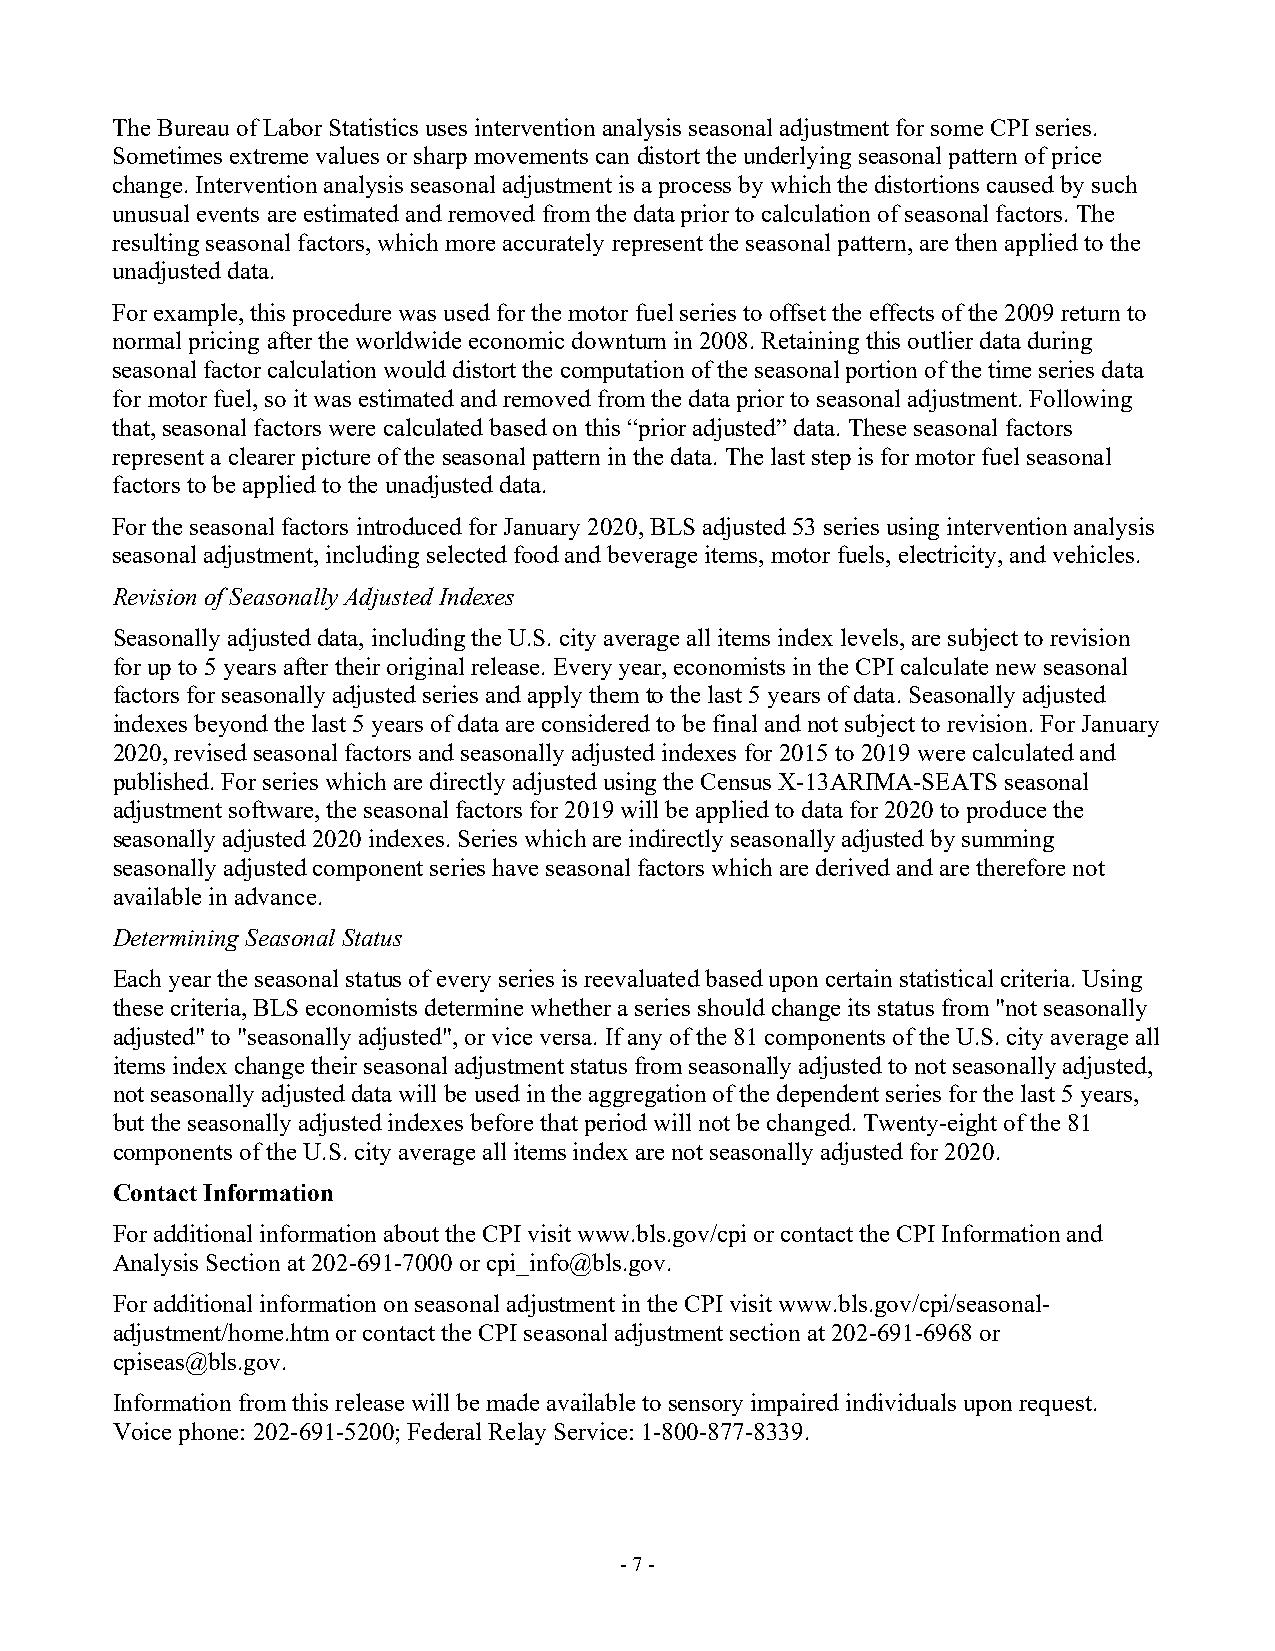
The Bureau of Labor Statistics uses intervention analysis seasonal adjustment for some CPI series.
 Sometimes extreme values or sharp movements can distort the underlying seasonal pattern of price
 change. Intervention analysis seasonal adjustment is a process by which the distortions caused by such
 unusual events are estimated and removed from the data prior to calculation of seasonal factors. The
 resulting seasonal factors, which more accurately represent the seasonal pattern, are then applied to the
 unadjusted data.
 For example, this procedure was used for the motor fuel series to offset the effects of the 2009 return to
 normal pricing after the worldwide economic downturn in 2008. Retaining this outlier data during
 seasonal factor calculation would distort the computation of the seasonal portion of the time series data
 for motor fuel, so it was estimated and removed from the data prior to seasonal adjustment. Following
 that, seasonal factors were calculated based on this “prior adjusted” data. These seasonal factors
 represent a clearer picture of the seasonal pattern in the data. The last step is for motor fuel seasonal
 factors to be applied to the unadjusted data.
 For the seasonal factors introduced for January 2020, BLS adjusted 53 series using intervention analysis
 seasonal adjustment, including selected food and beverage items, motor fuels, electricity, and vehicles.
 Revision of Seasonally Adjusted Indexes
 Seasonally adjusted data, including the U.S. city average all items index levels, are subject to revision
 for up to 5 years after their original release. Every year, economists in the CPI calculate new seasonal
 factors for seasonally adjusted series and apply them to the last 5 years of data. Seasonally adjusted
 indexes beyond the last 5 years of data are considered to be final and not subject to revision. For January
 2020, revised seasonal factors and seasonally adjusted indexes for 2015 to 2019 were calculated and
 published. For series which are directly adjusted using the Census X-13ARIMA-SEATS seasonal
 adjustment software, the seasonal factors for 2019 will be applied to data for 2020 to produce the
 seasonally adjusted 2020 indexes. Series which are indirectly seasonally adjusted by summing
 seasonally adjusted component series have seasonal factors which are derived and are therefore not
 available in advance.
 Determining Seasonal Status
 Each year the seasonal status of every series is reevaluated based upon certain statistical criteria. Using
 these criteria, BLS economists determine whether a series should change its status from "not seasonally
 adjusted" to "seasonally adjusted", or vice versa. If any of the 81 components of the U.S. city average all
 items index change their seasonal adjustment status from seasonally adjusted to not seasonally adjusted,
 not seasonally adjusted data will be used in the aggregation of the dependent series for the last 5 years,
 but the seasonally adjusted indexes before that period will not be changed. Twenty-eight of the 81
 components of the U.S. city average all items index are not seasonally adjusted for 2020.
 Contact Information
 For additional information about the CPI visit www.bls.gov/cpi or contact the CPI Information and
 Analysis Section at 202-691-7000 or cpi_info@bls.gov.
 For additional information on seasonal adjustment in the CPI visit www.bls.gov/cpi/seasonal-
 adjustment/home.htm or contact the CPI seasonal adjustment section at 202-691-6968 or
 cpiseas@bls.gov.
 Information from this release will be made available to sensory impaired individuals upon request.
 Voice phone: 202-691-5200; Federal Relay Service: 1-800-877-8339.
 - 7 -